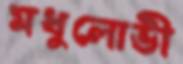
মধুলোভী